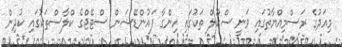
މިއަދުގެ ރަސްމިއްޔާތުގައި ވަނީ ސްކޫލް ތަކުގައި ހިންގާ ފައުންޑޭޝަން ސްޓޭޖްގެ ކްލާސްތަކުގައި ކުދިން